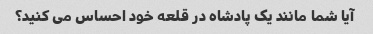
آیا شما مانند یک پادشاه در قلعه خود احساس می کنید؟